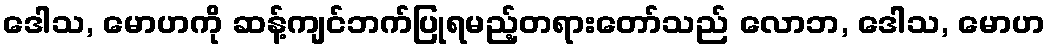
ဒေါသ, မောဟကို ဆန့်ကျင်ဘက်ပြုရမည့်တရားတော်သည် လောဘ, ဒေါသ, မောဟ